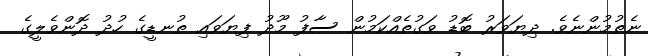
ނެތުމުންނެވެ. ދިޔަވަރު ބޮޑު ވަގުތެއްކަމުން ސާފު މޫދު ފިޔަވައި ތުނޑީގެ ހުދު ދޮންވެލީގެ